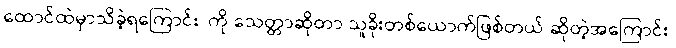
ထောင်ထဲမှာသိခဲ့ရကြောင်း၊ ကို သေတ္တာဆိုတာ သူခိုးတစ်ယောက်ဖြစ်တယ် ဆိုတဲ့အကြောင်း၊